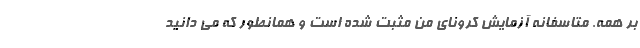
بر همه. متاسفانه آزمایش کرونای من مثبت شده است و همانطور که می دانید